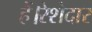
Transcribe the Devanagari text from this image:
हैं।रेशेदार